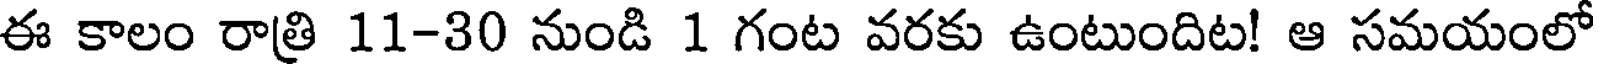
ఈ కాలం రాత్రి 11-30 నుండి 1 గంట వరకు ఉంటుందిట! ఆ సమయంలో